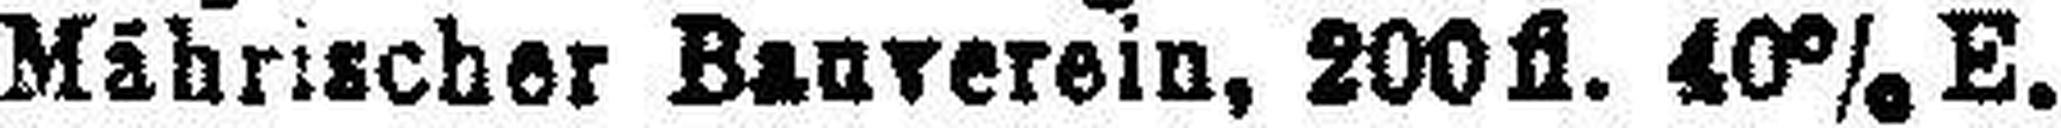
Mährischer Bauverein, 200fl. 40% E.